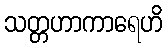
သတ္တဟာကာရေဟိ